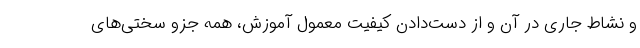
و نشاط جاری در آن و از دست‌دادن کیفیت معمول آموزش، همه جزو سختی‌های